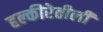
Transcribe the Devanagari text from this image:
हल्‍कीरेतीली